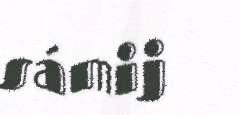
sámij